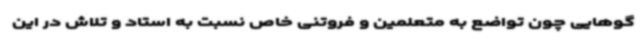
گوهایی چون تواضع به متعلمین و فروتنی خاص نسبت به استاد و تلاش در این